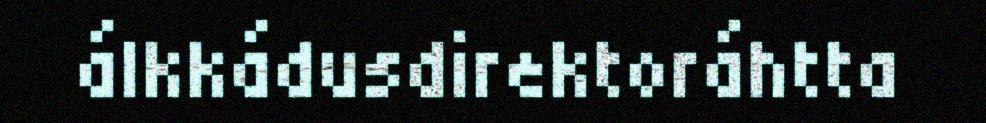
álkkádusdirektoráhtta